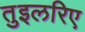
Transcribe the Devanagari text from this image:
तुइलरिए